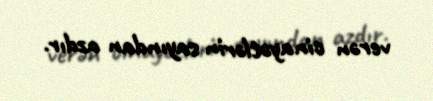
verən cinayətlərin sayından azdır.